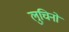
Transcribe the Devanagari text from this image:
लुचिनो